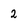
Character: 2